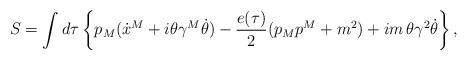
LaTeX: \begin{align*}S=\int d\tau\left\{p_M(\dot x^M+i\theta\gamma^M\dot\theta)-{{e(\tau)}\over2}(p_Mp^M+m^2)+im\,\theta\gamma^2\dot\theta\right\},\end{align*}